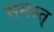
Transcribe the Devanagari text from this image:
समस्त्